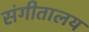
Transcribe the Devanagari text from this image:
संगीतालय